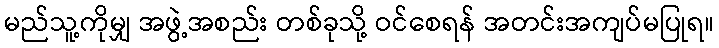
မည်သူ့ကိုမျှ အဖွဲ့အစည်း တစ်ခုသို့ ဝင်စေရန် အတင်းအကျပ်မပြုရ။